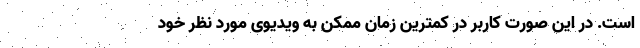
است. در این صورت کاربر در کمترین زمان ممکن به ویدیوی مورد نظر خود